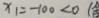
x _ { 1 } = - 1 0 0 < 0